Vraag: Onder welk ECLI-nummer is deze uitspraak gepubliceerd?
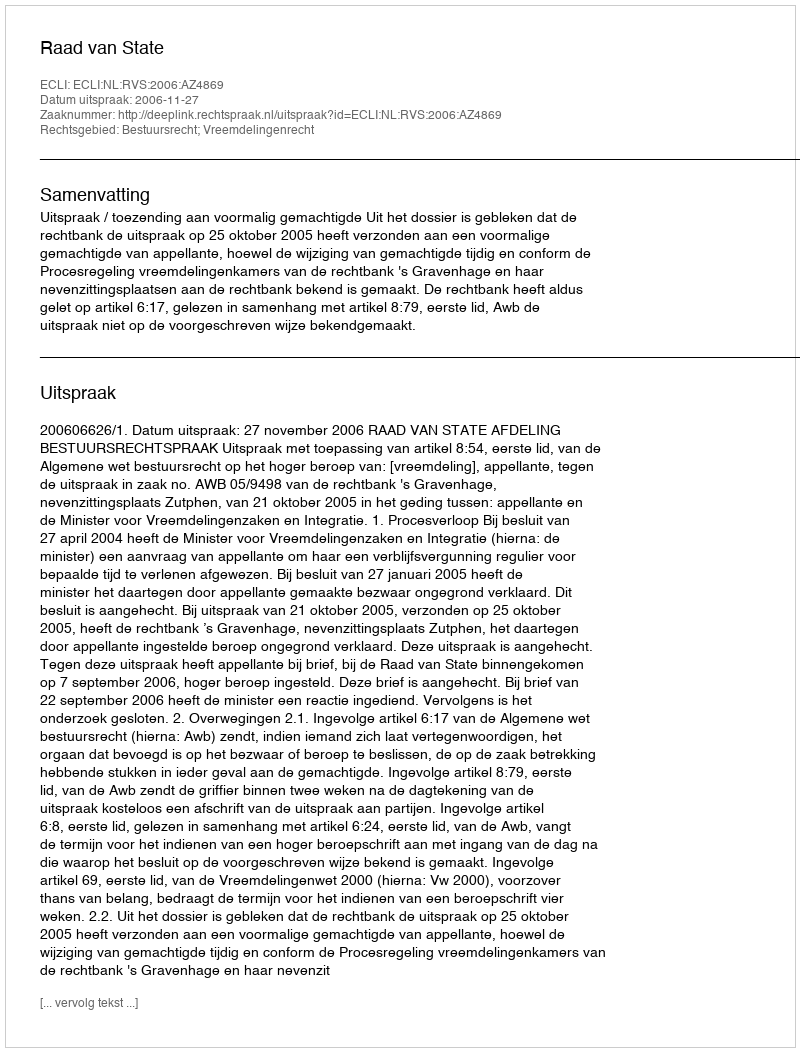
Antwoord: ECLI:NL:RVS:2006:AZ4869